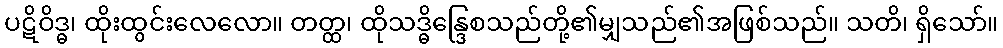
ပဋိဝိဒ္ဓ၊ ထိုးထွင်းလေလော။ တတ္ထ၊ ထိုသဒ္ဓိန္ဒြေစသည်တို့၏မျှသည်၏အဖြစ်သည်။ သတိ၊ ရှိသော်။